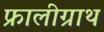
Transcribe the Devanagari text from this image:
फ्रालीग्राथ